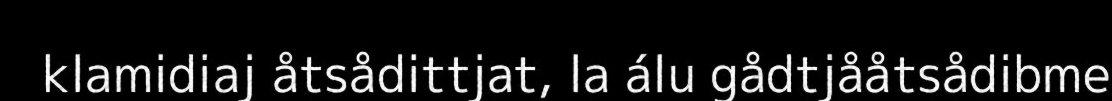
klamidiaj åtsådittjat, la álu gådtjååtsådibme